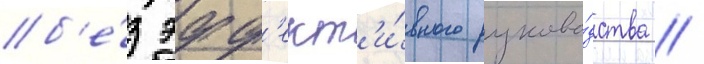
б'е́з эфф'ект'и́вного руково́дства //